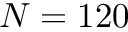
N = 1 2 0